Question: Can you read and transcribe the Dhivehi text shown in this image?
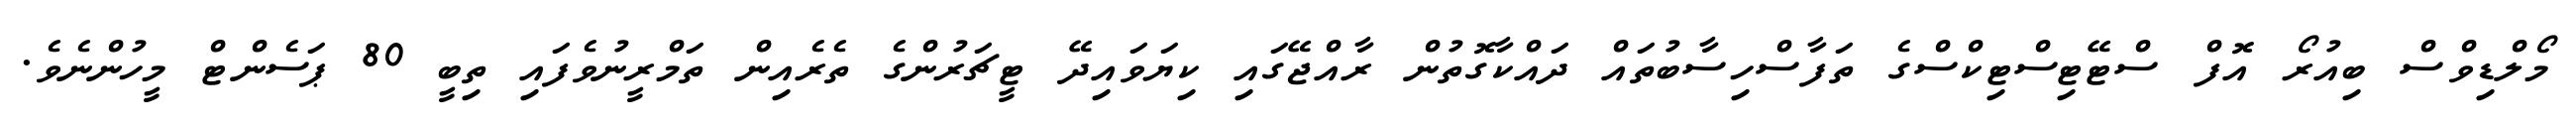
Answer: މޯލްޑިވްސް ބިއުރޯ އޮފް ސްޓޭޓިސްޓިކްސްގެ ތަފާސްހިސާބުތައް ދައްކާގޮތުން ރާއްޖޭގައި ކިޔަވައިދޭ ޓީޗަރުންގެ ތެރެއިން ތަމްރީނުވެފައި ތިބީ 80 ޕަސެންޓް މީހުންނެވެ.